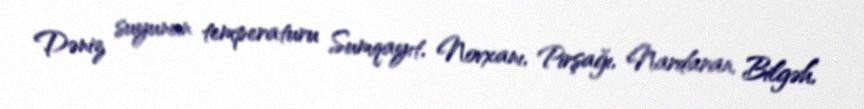
Dəniz suyunun temperaturu Sumqayıt, Novxanı, Pirşağı, Nardaran, Bilgəh,